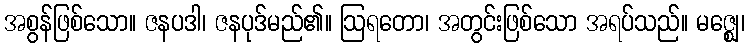
အစွန်ဖြစ်သော။ ဇနပဒါ၊ ဇနပုဒ်မည်၏။ ဩရတော၊ အတွင်းဖြစ်သော အရပ်သည်။ မဇ္ဈေ၊